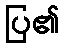
ပြ၏